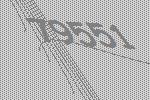
79551